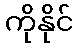
ကိုနိုင်